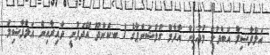
އަލްފާޟިލް އަބްދުލް މުއުމިން އާދާމް ގުލްޝަންޕާގެ / ބ.ކެންދޫ އޭދަފުށީ ދާއިރާއިން އަލްފާޟިލް